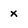
Character: x